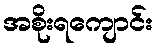
အစိုးရကျောင်း